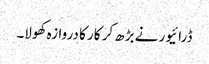
ڈرائیور نے بڑھ کر کار کا دروازہ کھولا۔